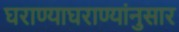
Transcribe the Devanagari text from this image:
घराण्याघराण्यांनुसार